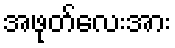
အဖုတ်လေးအား